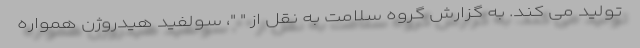
تولید می کند. به گزارش گروه سلامت به نقل از " "، سولفید هیدروژن همواره